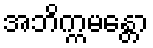
အဘိက္ကမန္တော